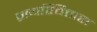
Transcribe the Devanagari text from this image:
प्रायश्चित्तास